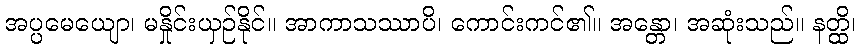
အပ္ပမေယျော၊ မနှိုင်းယှဉ်နိုင်။ အာကာသဿာပိ၊ ကောင်းကင်၏။ အန္တော၊ အဆုံးသည်။ နတ္ထိ၊